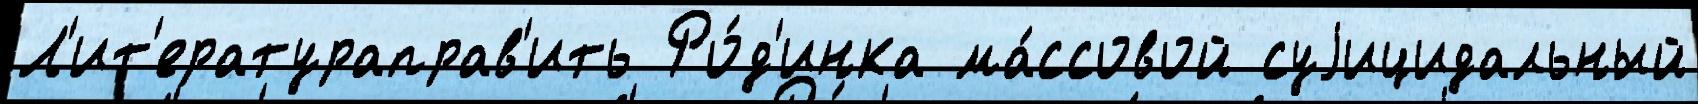
Л'ит'ератураправ'ить Ро́д'инка ма́ссовой суjицидальный